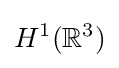
H^{1}(\mathbb {R} ^{3})